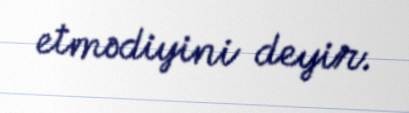
etmədiyini deyir.